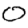
Digit: 0